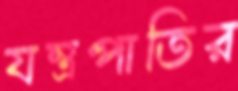
যন্ত্রপাতির